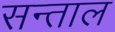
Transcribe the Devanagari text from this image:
सन्ताल